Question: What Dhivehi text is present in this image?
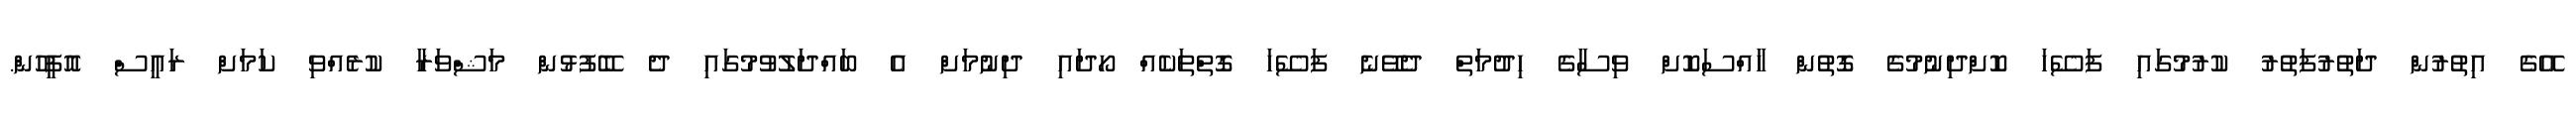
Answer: އޭގެ އިތުރުން ދަތުރުފަތުރު ކުރުމުގައި ފަސޭހަ ކޮށްދިނުމުގެ ގޮތުން ހާއްސަކޮށް ވިސާގެ ހިދުމަތް ދެވޭނެ ފަސޭހަ ގޮތްތަކެއް ހޯދައި ދިނުމަށް އެ ބައްދަލުވުމުގައި ދެ ބޭފުޅުން މަޝްވަރާ ކުރެއްވި ކަމަށް ރައީސް އޮފީހުން.